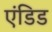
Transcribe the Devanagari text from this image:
एंडिड